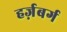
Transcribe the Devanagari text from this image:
हर्ज़बर्ग